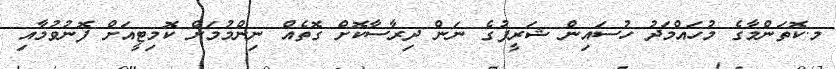
މ.ކޮތަންމާގެ މުހައްމަދު ހުސައިން ޝަރީފުގެ ނަން ދިރާސާކޮށް ގޮތެއް ނިންމުމަށް ކޮމިޓީއަށް ފޮނުވުމާއި